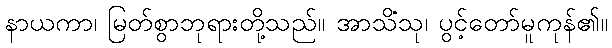
နာယကာ၊ မြတ်စွာဘုရားတို့သည်။ အာသိံသု၊ ပွင့်တော်မူကုန်၏။